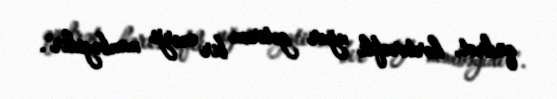
qüdrət, hərtərəfli uğur gətirən bir enerji mənbəyidir".